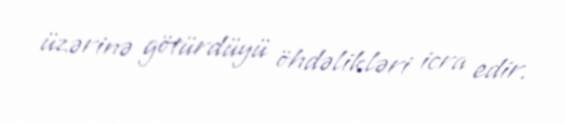
üzərinə götürdüyü öhdəlikləri icra edir.